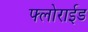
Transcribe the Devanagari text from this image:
फ्लोराईड